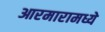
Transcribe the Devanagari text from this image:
आरमारामध्ये